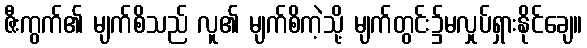
ဇီးကွက်၏ မျက်စိသည် လူ၏ မျက်စိကဲ့သို့ မျက်တွင်း၌မလှုပ်ရှားနိုင်ချေ။